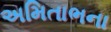
અમિતાભના